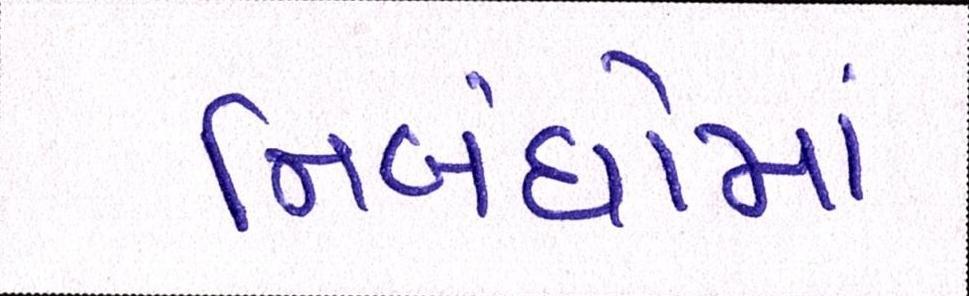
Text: નિબંધોમાં